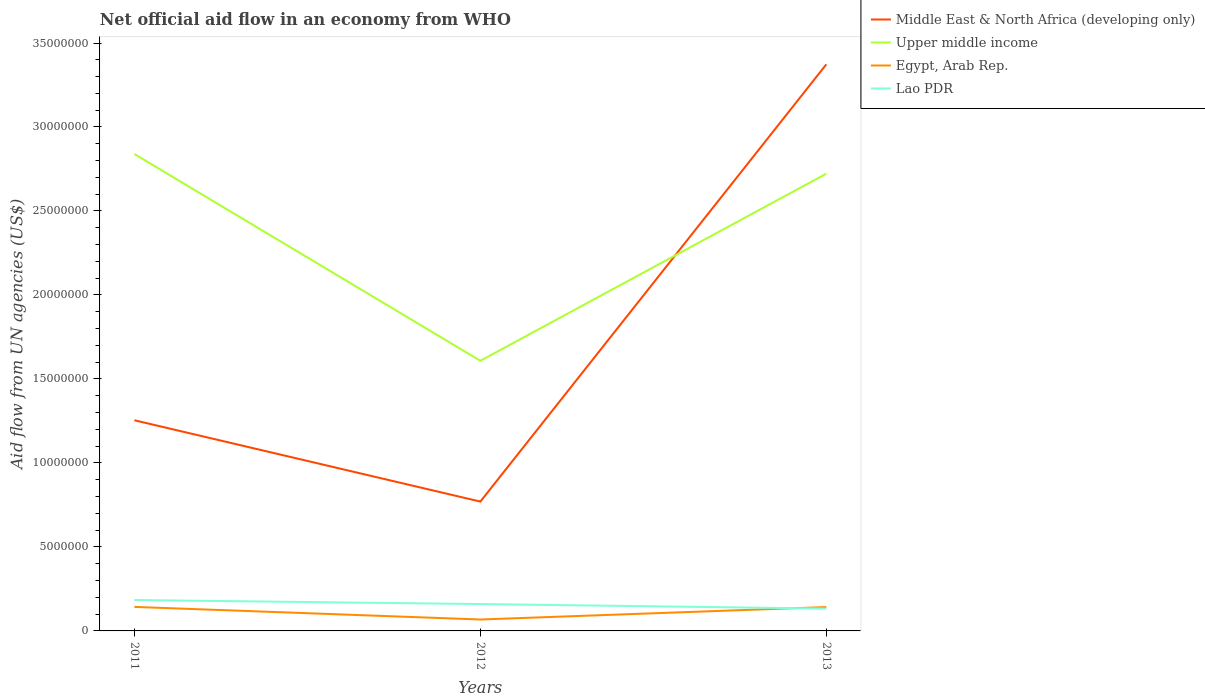
| Years | Middle East & North Africa (developing only) | Upper middle income | Egypt, Arab Rep. | Lao PDR |
 | --- | --- | --- | --- | --- |
 | 2011 | 1.25e+07 | 2.84e+07 | 1.43e+06 | 1.84e+06 |
 | 2012 | 7.7e+06 | 1.61e+07 | 6.8e+05 | 1.6e+06 |
 | 2013 | 3.37e+07 | 2.72e+07 | 1.42e+06 | 1.33e+06 |